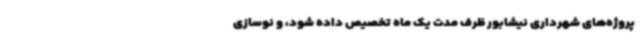
پروژه‌های شهرداری نیشابور ظرف مدت یک ماه تخصیص داده شود، و نوسازی